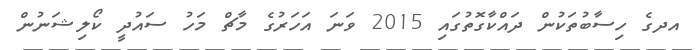
އދގެ ހިސާބުތަކުން ދައްކާގޮތުގައި 2015 ވަނަ އަހަރުގެ މާޗް މަހު ސައުދީ ކޯލިޝަނުން